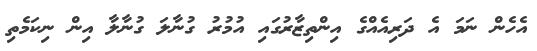
އެހެން ނަމަ އެ ދަރިއެއްގެ އިންތިޒާރުގައި އުމުރު ގުނާލަ ގުނާލާ އިން ނިކަމެތި